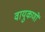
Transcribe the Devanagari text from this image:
वायुकणों